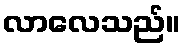
လာလေသည်။